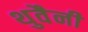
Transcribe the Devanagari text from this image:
थुवैनी